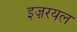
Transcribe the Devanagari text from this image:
इज़रयल